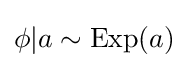
\phi |a\sim {\text{Exp}}(a)